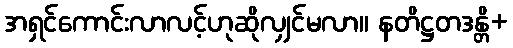
အရှင်ကောင်းလာလင့်ဟုဆိုလျှင်မလာ။ နတိဋ္ဌတဒန္တိ+